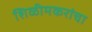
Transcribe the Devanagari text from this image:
शिळीमकरांचा